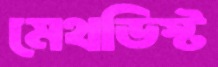
মেথডিস্ট